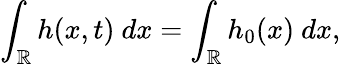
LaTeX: \int_{\mathbb R}h(x,t)\ dx=\int_{\mathbb R}h_{0}(x)\ dx,